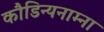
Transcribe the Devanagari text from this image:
कौडिन्यनाम्ना